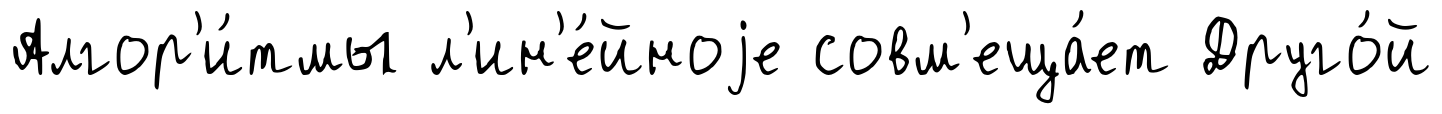
Алгор'и́тмы л'ин'е́йноjе совм'еща́ет Друго́й